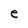
Character: e